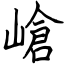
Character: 嵢